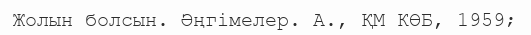
Жолын болсын. Әңгімелер. А., ҚМ КӨБ, 1959;